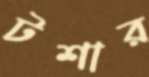
টশার